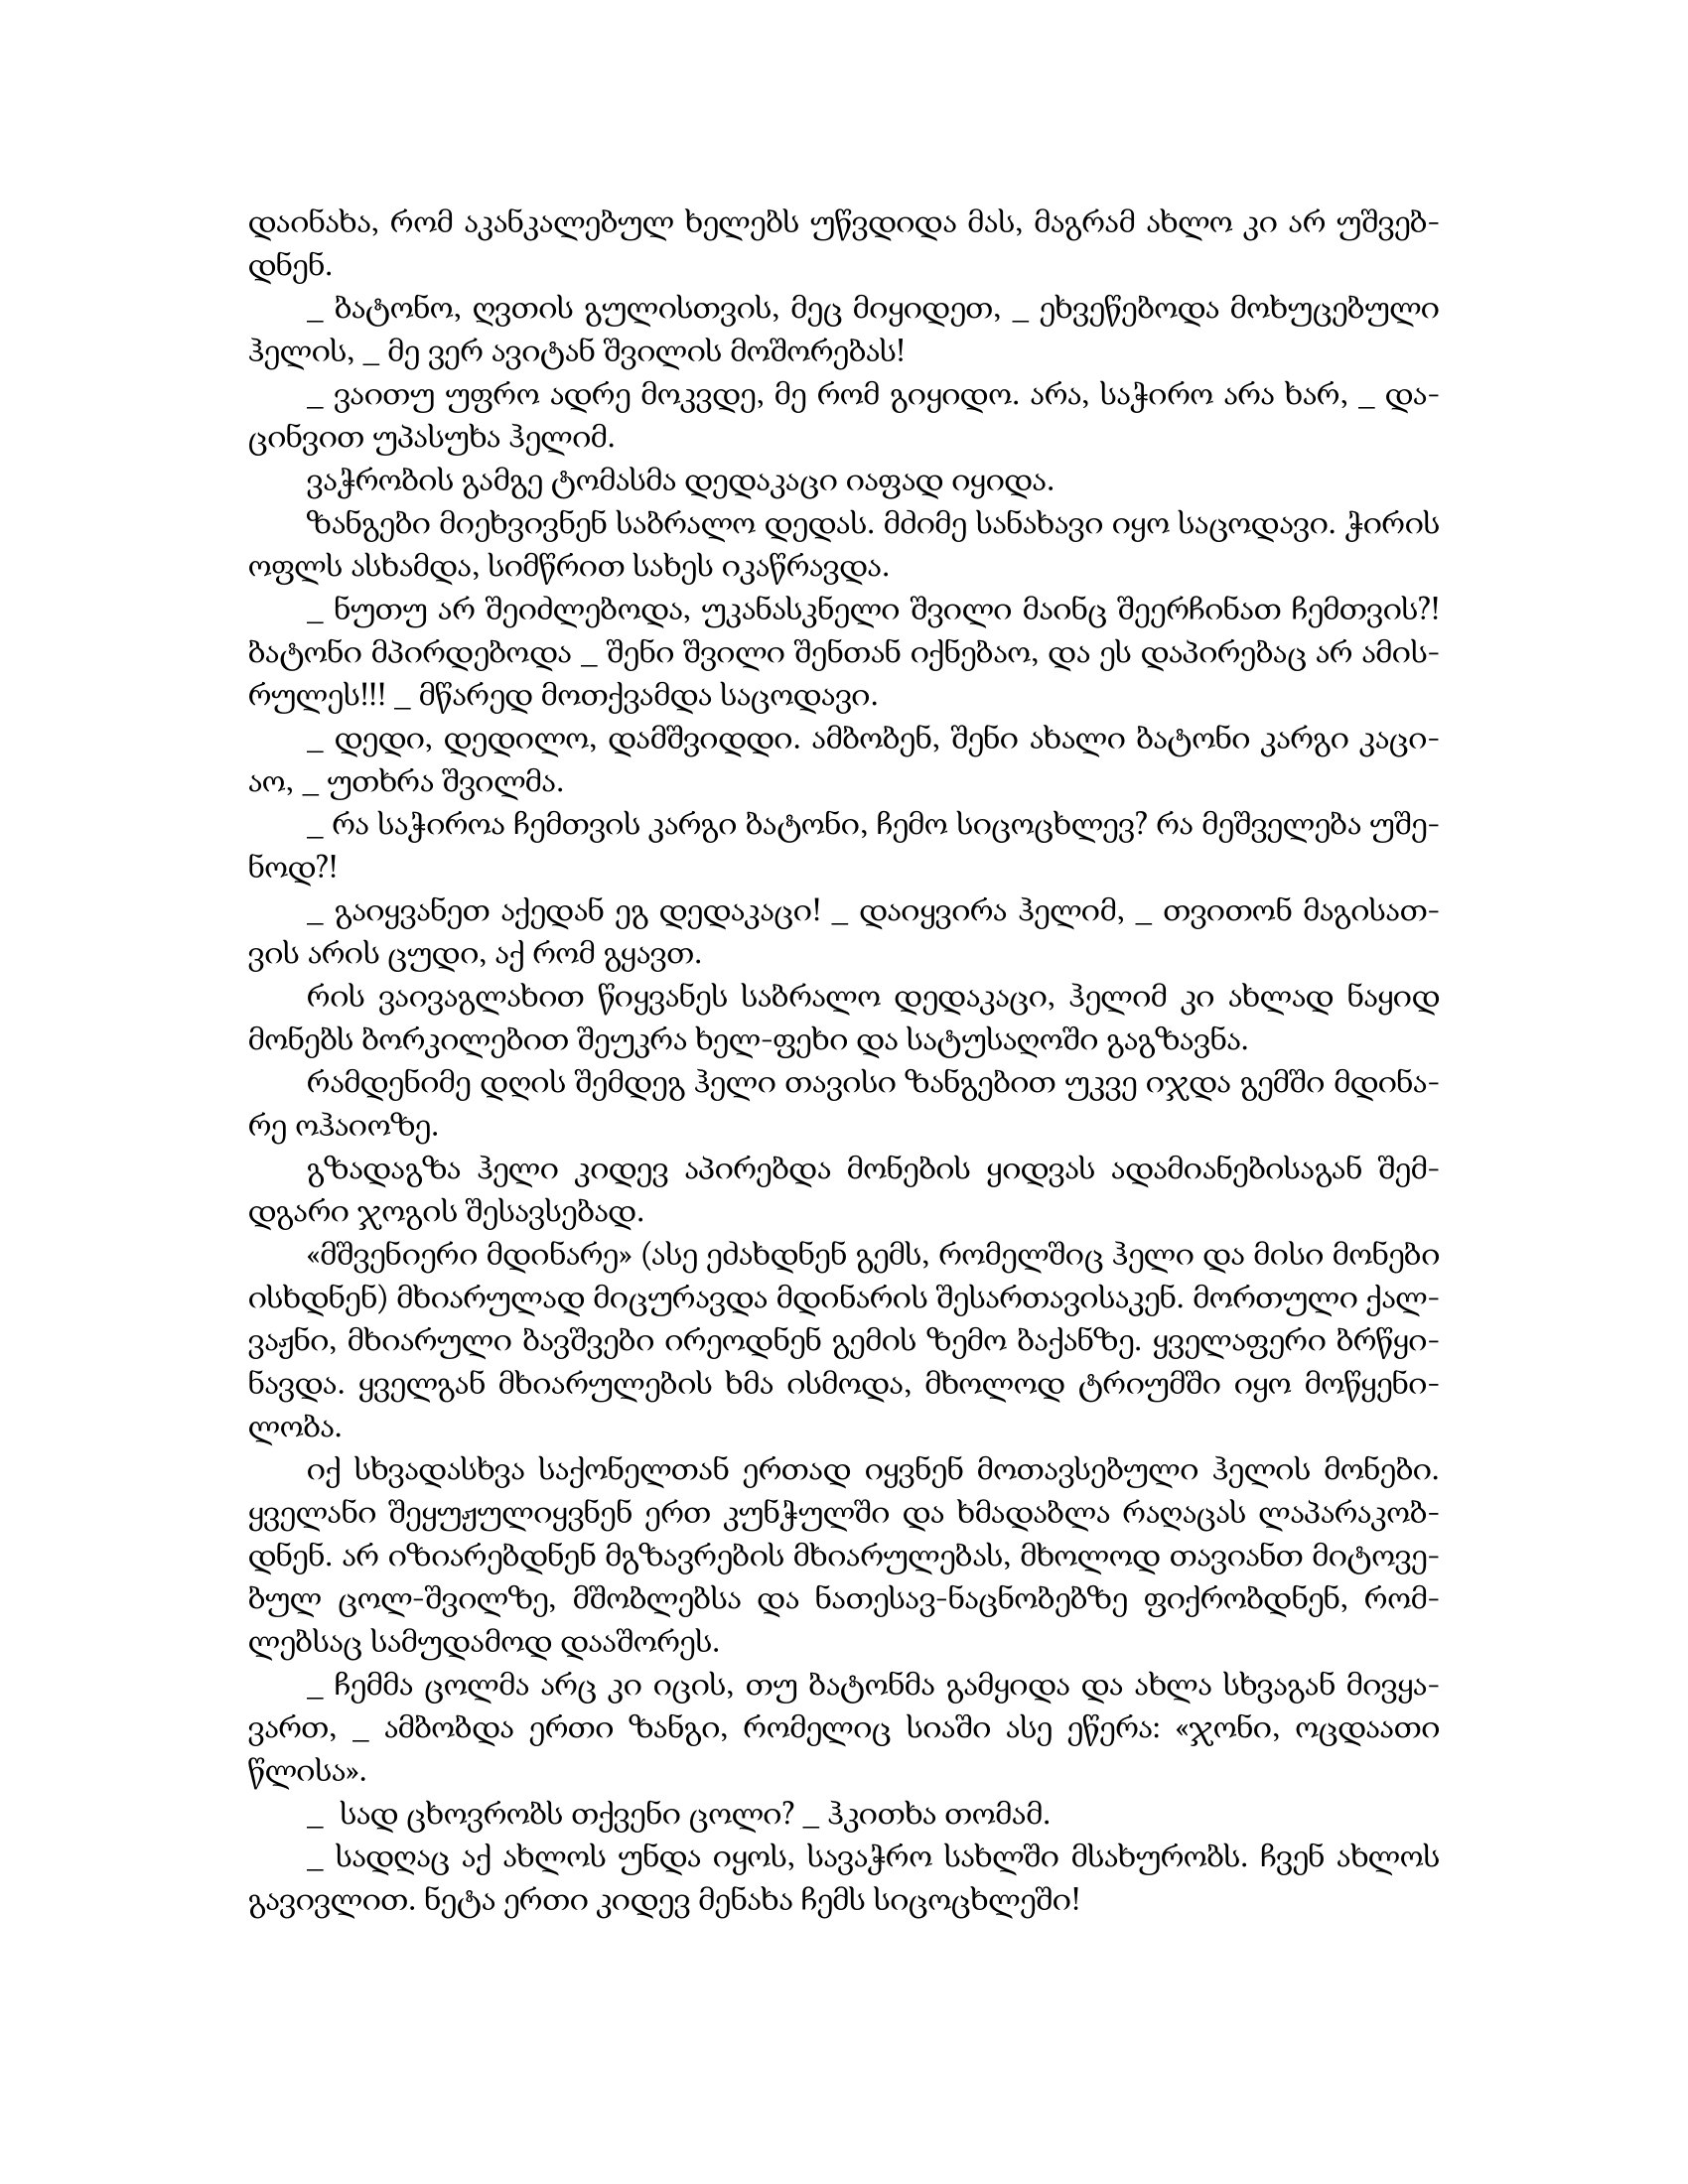
Language: gr